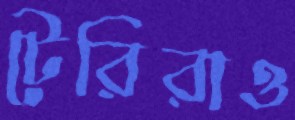
টেরিরাও